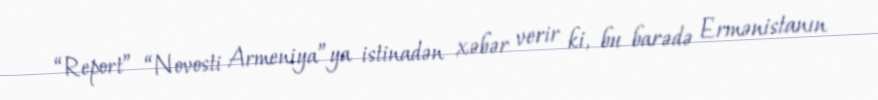
“Report” “Novosti Armeniya”ya istinadən xəbər verir ki, bu barədə Ermənistanın